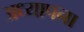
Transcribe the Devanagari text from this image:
अध्यापना